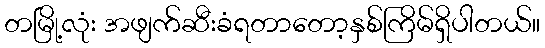
တမြို့လုံး အဖျက်ဆီးခံရတာတော့နှစ်ကြိမ်ရှိပါတယ်။